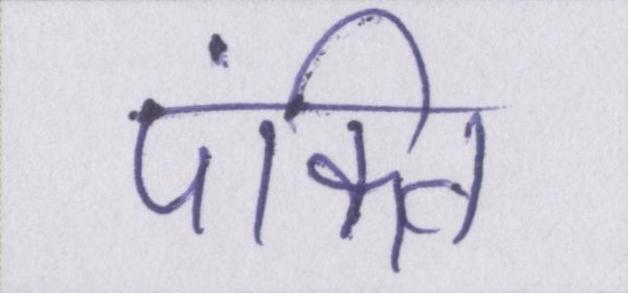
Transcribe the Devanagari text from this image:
पंक्ति